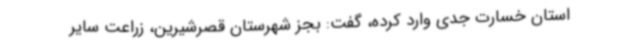
استان خسارت جدی وارد کرده، گفت: بجز شهرستان قصرشیرین، زراعت سایر